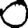
Digit: 0